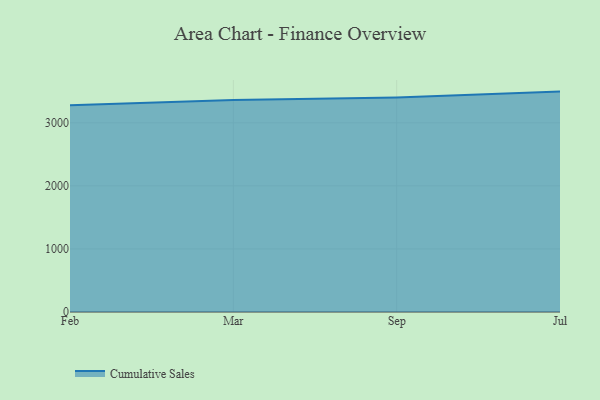
{"axis": {"x": "Month", "y": "Operating Costs (USD K)"}, "legend": ["Cumulative Sales"], "data": [{"x": "Feb", "y": 3280.5, "type": "Cumulative Sales"}, {"x": "Mar", "y": 3363.0, "type": "Cumulative Sales"}, {"x": "Sep", "y": 3402.4, "type": "Cumulative Sales"}, {"x": "Jul", "y": 3495.3, "type": "Cumulative Sales"}]}